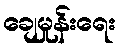
ချေမှုန်းရေး